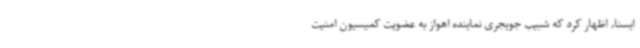
ایسنا، اظهار کرد که شبیب جویجری نماینده اهواز به عضویت کمیسیون امنیت